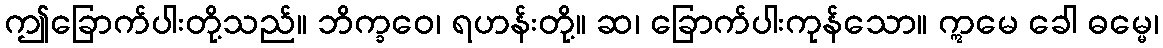
ဤခြောက်ပါးတို့သည်။ ဘိက္ခဝေ၊ ရဟန်းတို့။ ဆ၊ ခြောက်ပါးကုန်သော။ ဣမေ ခေါ ဓမ္မေ၊